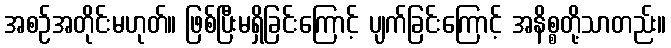
အစဉ်အတိုင်းမဟုတ်။ ဖြစ်ပြီးမရှိခြင်းကြောင့် ပျက်ခြင်းကြောင့် အနိစ္စတို့သာတည်း။